Source: Handwritten
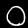
Digit: ၀ (0)